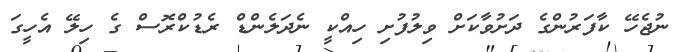
ނުޖެހޭ ކާފަރުންގެ ދަށުވާކަށް ވިލުފުށި ހިއްކީ ނެދަލެންޑް ރެޑުކްރޮސް ގެ ހިލޭ އެހީގަ